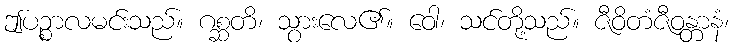
ဤပဉ္စာလမင်းသည်။ ဂစ္ဆတိ၊ သွားလေ၏။ ဝေါ၊ သင်တို့သည်။ ဇီဝိတံဇီဝန္တာနံ၊